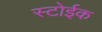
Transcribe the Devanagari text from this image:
स्टोईक